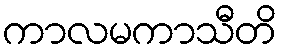
ကာလမကာသီတိ